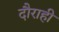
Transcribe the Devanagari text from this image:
दौराही